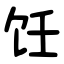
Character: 饪